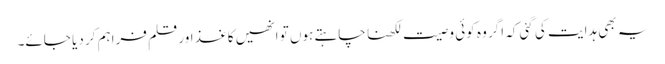
یہ بھی ہدایت کی گئی کہ اگر وہ کوئی وصیت لکھنا چاہتے ہوں تو انھیں کاغذ اور قلم فراہم کر دیا جائے۔